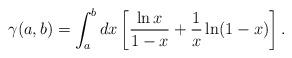
LaTeX: \begin{align*}\gamma(a,b)=\int_a^b dx \left[ \frac{\ln x}{1-x} + \frac{1}{x}\ln(1-x) \right].\end{align*}